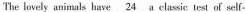
The lovely animals have \unldenline { 2 4 } a classie test of self-